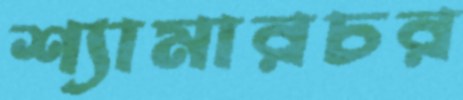
শ্যামারচর